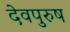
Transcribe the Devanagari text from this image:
देवपुरुष